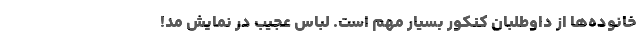
خانوده‌ها از داوطلبان کنکور بسیار مهم است. لباس عجیب در نمایش مد!